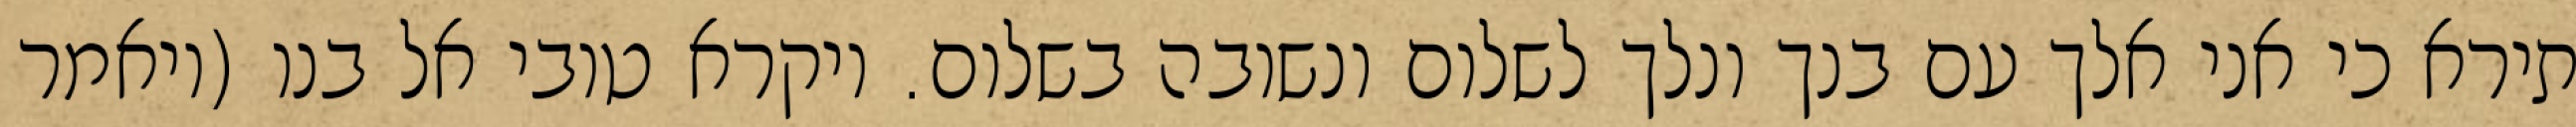
תירא כי אני אלך עם בנך ונלך לשלום ונשובה בשלום. ויקרא טובי אל בנו (ויאמר